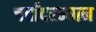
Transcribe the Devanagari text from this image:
चर्चांदरम्यान